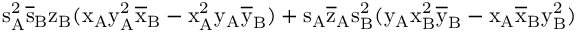
\mathrm { s _ { A } ^ { 2 } \mathrm { \overline { { s } } _ { B } \mathrm { z _ { B } ( \mathrm { x _ { A } \mathrm { y _ { A } ^ { 2 } \mathrm { \overline { { x } } _ { B } - \mathrm { x _ { A } ^ { 2 } \mathrm { y _ { A } \mathrm { \overline { { y } } _ { B } ) + \mathrm { s _ { A } \mathrm { \overline { { z } } _ { A } \mathrm { s _ { B } ^ { 2 } ( \mathrm { y _ { A } \mathrm { x _ { B } ^ { 2 } \mathrm { \overline { { y } } _ { B } - \mathrm { x _ { A } \mathrm { \overline { { x } } _ { B } \mathrm { y _ { B } ^ { 2 } ) } } } } } } } } } } } } } } } } } }